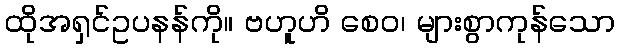
ထိုအရှင်ဥပနန်ကို။ ဗဟူဟိ စေဝ၊ များစွာကုန်သော